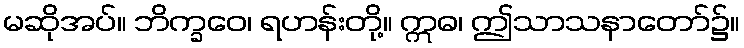
မဆိုအပ်။ ဘိက္ခဝေ၊ ရဟန်းတို့။ ဣဓ၊ ဤသာသနာတော်၌။